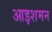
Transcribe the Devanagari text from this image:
आइशमन